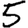
Digit: 5